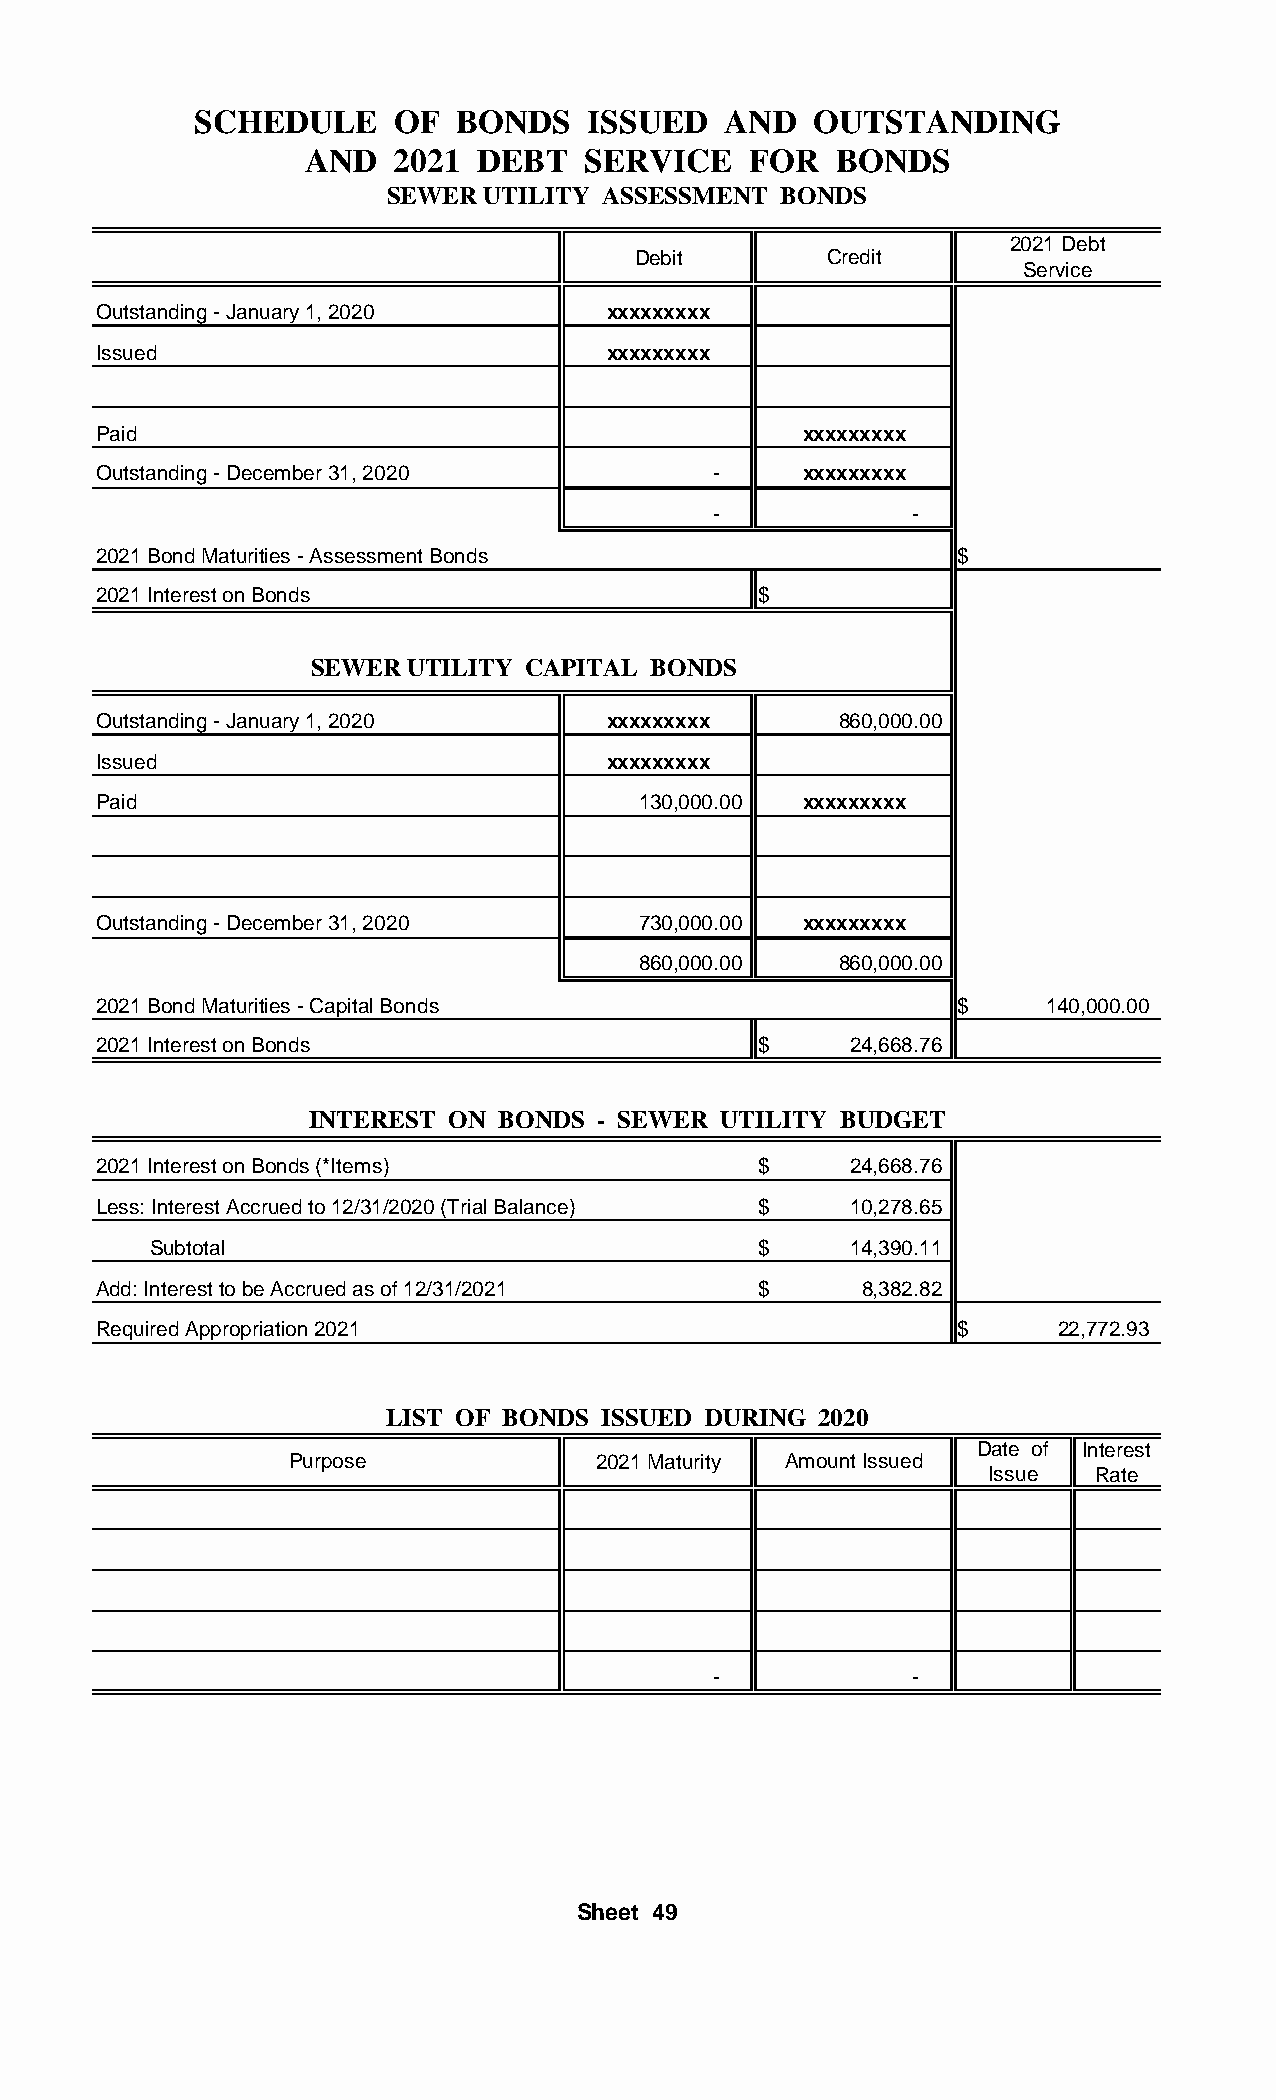
SCHEDULE     OF  BONDS    ISSUED   AND  OUTSTANDING
 AND   2021 DEBT   SERVICE    FOR   BONDS
 SEWER  UTILITY ASSESSMENT BONDS
 2021 Debt
 Debit       Credit
 Service
 Outstanding - January 1, 2020     xxxxxxxxx
 Issued                            xxxxxxxxx
 Paid                                           xxxxxxxxx
 Outstanding - December 31, 2020          -     xxxxxxxxx
 -            -
 2021 Bond Maturities - Assessment Bonds                  $
 2021 Interest on Bonds                      $
 SEWER  UTILITY CAPITAL BONDS
 Outstanding - January 1, 2020     xxxxxxxxx      860,000.00
 Issued                            xxxxxxxxx
 Paid                                130,000.00 xxxxxxxxx
 Outstanding - December 31, 2020     730,000.00 xxxxxxxxx
 860,000.00   860,000.00
 2021 Bond Maturities - Capital Bonds                     $     140,000.00
 2021 Interest on Bonds                      $     24,668.76
 INTEREST ON  BONDS - SEWER UTILITY BUDGET
 2021 Interest on Bonds (*Items)             $     24,668.76
 Less: Interest Accrued to 12/31/2020 (Trial Balance) $ 10,278.65
 Subtotal                                $     14,390.11
 Add: Interest to be Accrued as of 12/31/2021 $     8,382.82
 Required Appropriation 2021                              $      2 2,772.93
 LIST OF BONDS ISSUED DURING  2020
 Date of Interest
 Purpose             2021 Maturity Amount Issued
 Issue  Rate
 -            -
 Sheet 49